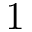
1